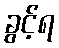
ခွင့်ရ